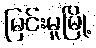
မြင်းမူမြို့